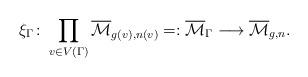
LaTeX: \begin{align*}\xi_{\Gamma} \colon \prod_{v\in V(\Gamma)} \overline{\mathcal{M}}_{g(v), n(v)} =: \overline{\mathcal{M}}_\Gamma \longrightarrow \overline{\mathcal{M}}_{g,n}.\end{align*}